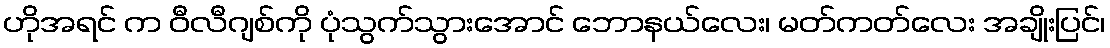
ဟိုအရင် က ဝီလီဂျစ်ကို ပုံသွက်သွားအောင် ဘောနယ်လေး၊ မတ်ကတ်လေး အချိုးပြင်၊